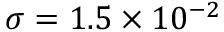
\sigma = \mathrm { { } } 1 . 5 \times { 1 0 ^ { - 2 } }